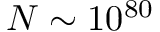
N \sim 1 0 ^ { 8 0 }